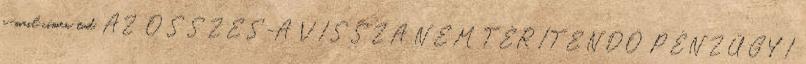
e-mail címen tud. AZ ÖSSZES-A VISSZA NEM TÉRÍTENDŐ PÉNZÜGYI